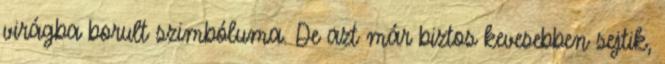
virágba borult szimbóluma. De azt már biztos kevesebben sejtik,